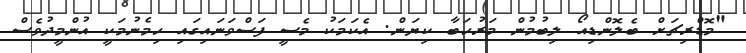
"މޮޑްރިޗަށް ބެލޮންޑިއޯ ލިބުމުން މަރުހަބާ ކިޔަން. އެކަމަކު މެސީ ފަސްވަނައިގައި ހިމެނުމަކީ އުންމީދުވެސް